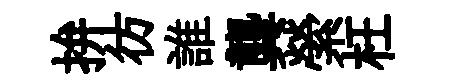
拚彷誰龔縈枉